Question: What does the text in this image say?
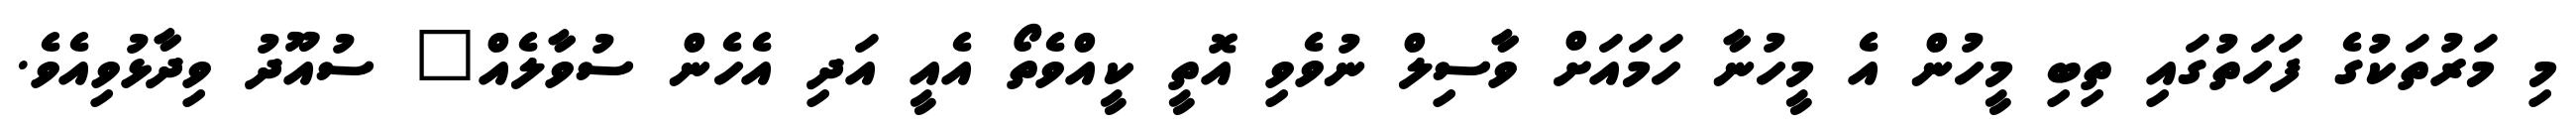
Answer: މި މަރުތަކުގެ ފަހަތުގައި ތިބި މީހުން އެ މީހުނާ ހަމައަށް ވާސިލް ނުވެވި އޮތީ ކީއްވެތޯ އެއީ އަދި އެހެން ސުވާލެއް" ސުއޫދު ވިދާޅުވިއެވެ.